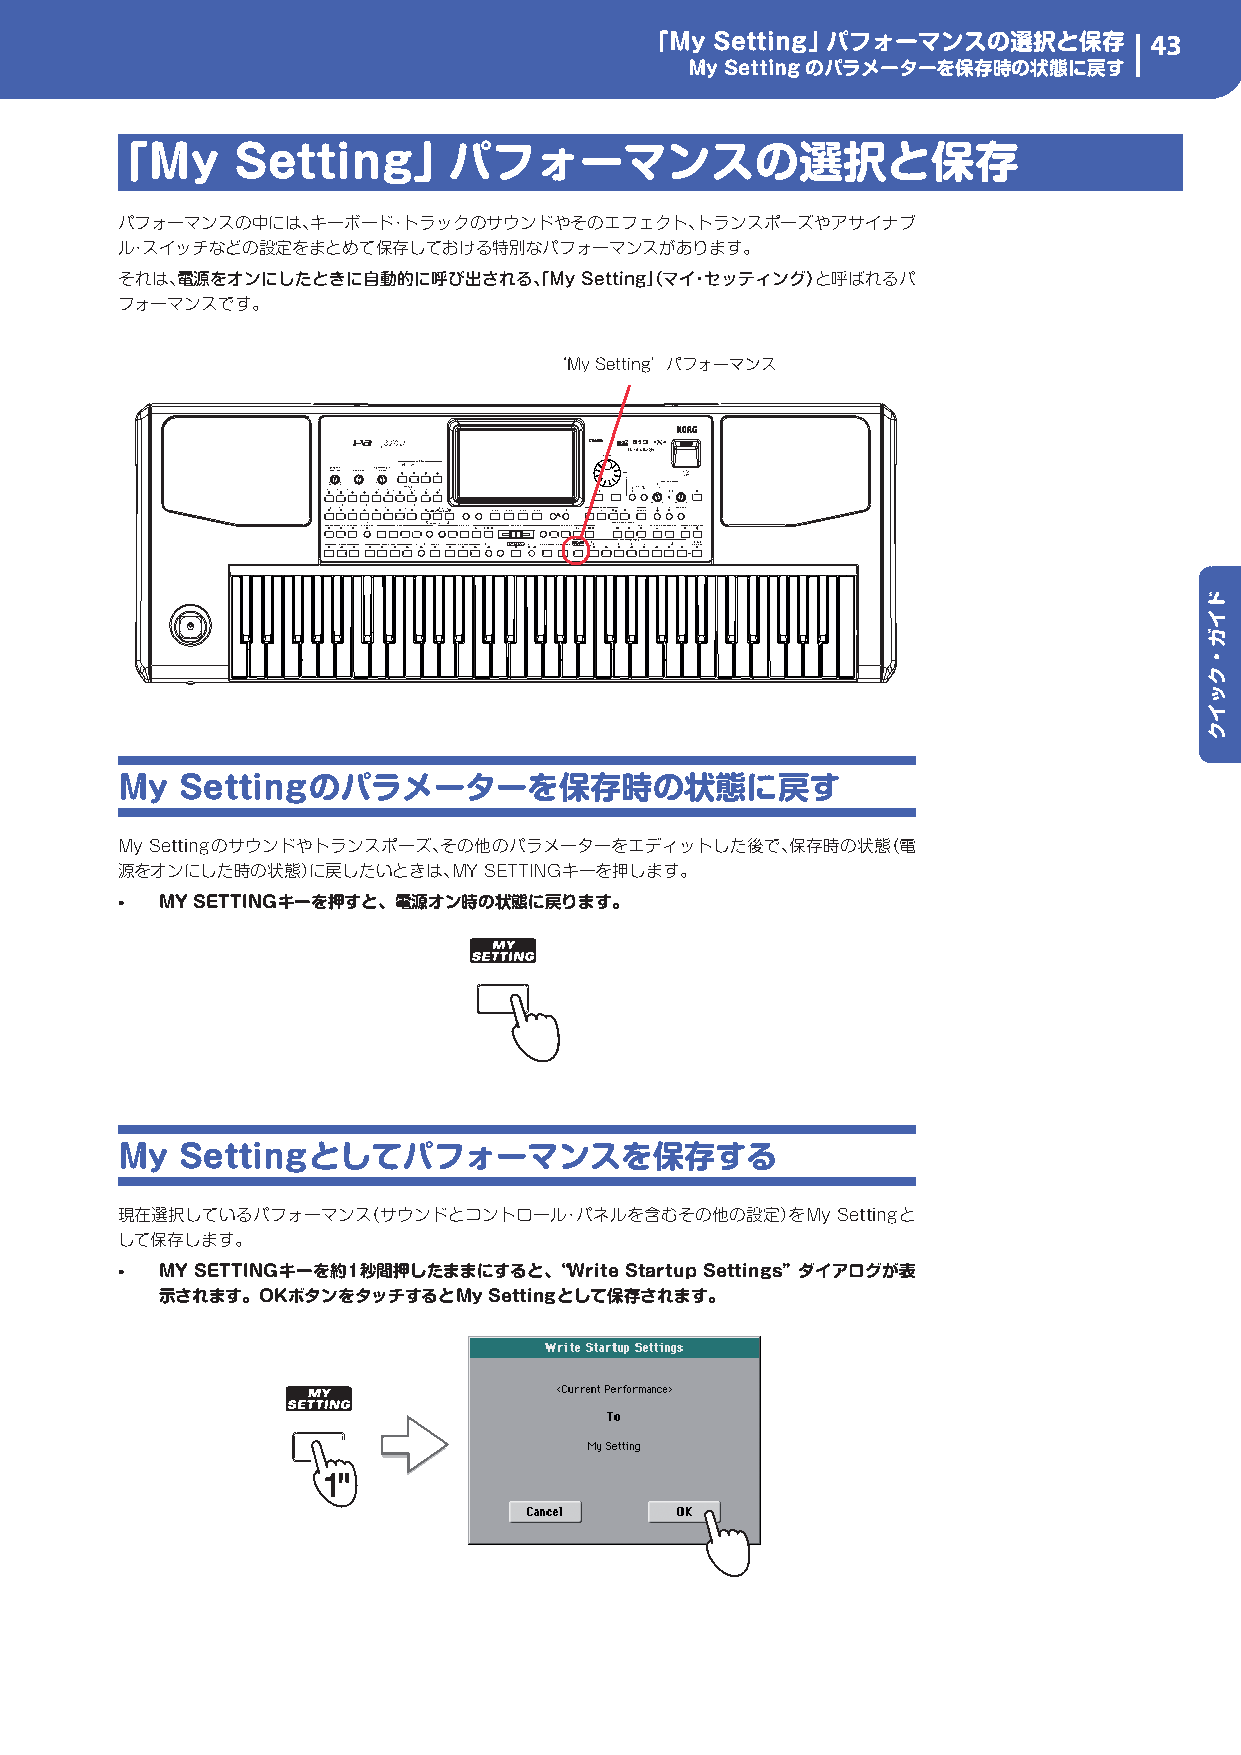
「My Setting」 パフォーマンスの選択と保存       43
 My Settingのパラメーターを保存時の状態に戻す
 「My     Setting」       パフォーマンスの選択と保存
 パフォーマンスの中には、キーボード・トラックのサウンドやそのエフェクト、トランスポーズやアサイナブ
 ル・スイッチなどの設定をまとめて保存しておける特別なパフォーマンスがあります。
 それは、電源をオンにしたときに自動的に呼び出される、「My Setting（」マイ・セッティング）と呼ばれるパ
 フォーマンスです。
 ‘My Setting’パフォーマンス
 My  Settingのパラメーターを保存時の状態に戻す
 My Settingのサウンドやトランスポーズ、その他のパラメーターをエディットした後で、保存時の状態（電
 源をオンにした時の状態）に戻したいときは、MY SETTINGキーを押します。
 •  MY SETTINGキーを押すと、電源オン時の状態に戻ります。
 My  Settingとしてパフォーマンスを保存する
 現在選択しているパフォーマンス（サウンドとコントロール・パネルを含むその他の設定）をMy   Settingと
 して保存します。
 •  MY SETTINGキーを約1秒間押したままにすると、“Write Startup Settings”ダイアログが表
 示されます。OKボタンをタッチするとMy Settingとして保存されます。
 ドイガ・クッイク